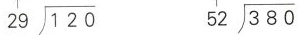
\longdiv { 1 2 0 } { 2 9 } \longdiv { 3 8 0 } { 5 2 }